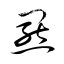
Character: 羆